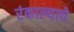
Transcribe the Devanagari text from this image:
रंकाल्याचे